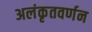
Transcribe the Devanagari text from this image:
अलंकृतवर्णन